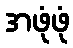
အဖုံဖုံ